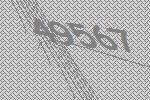
49567